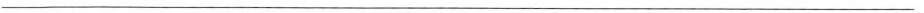
___